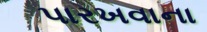
પારખવાના